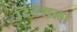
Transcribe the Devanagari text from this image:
दिनेशला